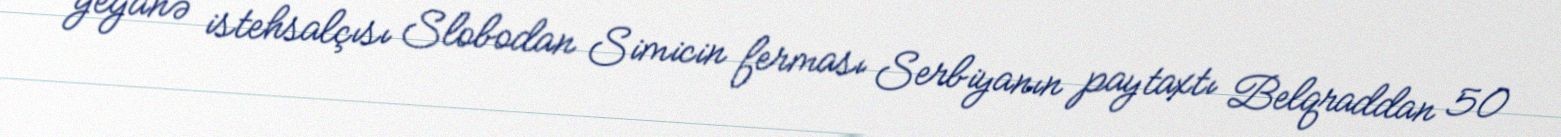
yeganə istehsalçısı Slobodan Simicin ferması Serbiyanın paytaxtı Belqraddan 50